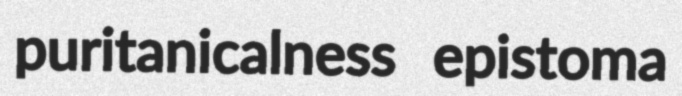
puritanicalness epistoma